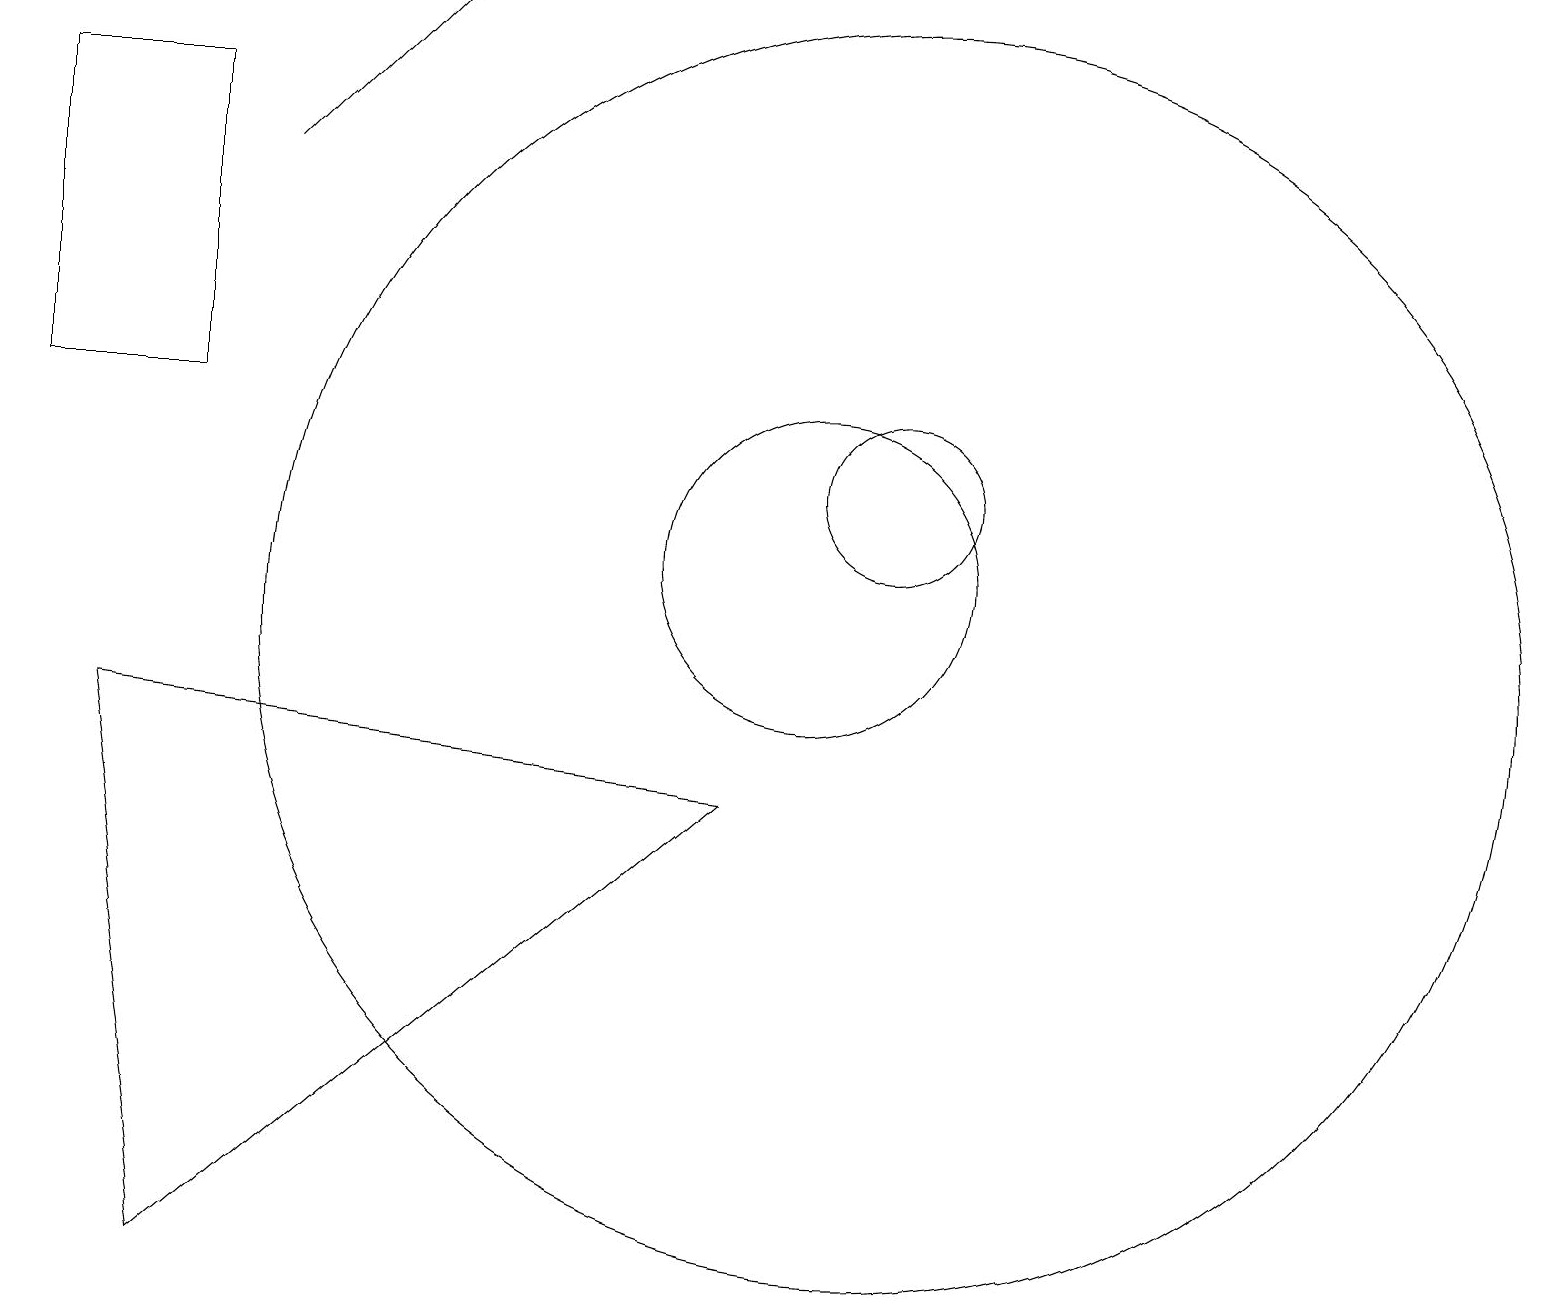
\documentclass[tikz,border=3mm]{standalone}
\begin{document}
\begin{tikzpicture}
\draw (11,12) circle (1);
\draw (10,11) circle (2);
\draw (0,17) rectangle (2,13);
\draw (1,9) -- (2,2) -- (9,8) -- cycle;
\draw[->] (3,16) -- (5,18);
\draw (11,10) circle (8);
\draw (10,12) circle (0);
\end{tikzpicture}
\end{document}